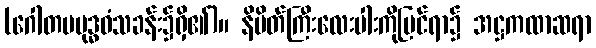
(ဂေါတမဗုဒ္ဓဝံသခန်း၌ရှိ၏)။ နိမိတ်ကြီးလေးပါးကိုမြင်ရာ၌ အဋ္ဌကထာဆရာ